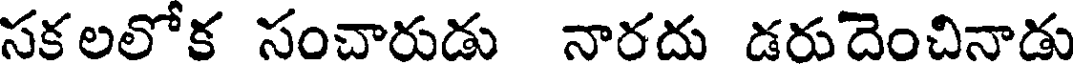
సకలలోక సంచారుడు నారదు డరుదెంచినాడు